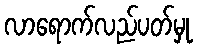
လာရောက်လည်ပတ်မှု